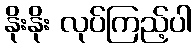
နိုးနိုး လုပ်ကြည့်ပါ